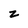
Character: z